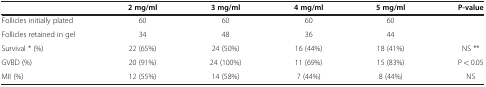
<table><thead><tr><td><b> </b></td><td><b>2 mg/ml</b></td><td><b>3 mg/ml</b></td><td><b>4 mg/ml</b></td><td><b>5 mg/ml</b></td><td><b>P-value</b></td></tr></thead><tbody><tr><td>Follicles initially plated</td><td>60</td><td>60</td><td>60</td><td>60</td><td> </td></tr><tr><td>Follicles retained in gel</td><td>34</td><td>48</td><td>36</td><td>44</td><td> </td></tr><tr><td>Survival * (%)</td><td>22 (65%)</td><td>24 (50%)</td><td>16 (44%)</td><td>18 (41%)</td><td>NS **</td></tr><tr><td>GVBD (%)</td><td>20 (91%)</td><td>24 (100%)</td><td>11 (69%)</td><td>15 (83%)</td><td>P &lt; 0.05</td></tr><tr><td>MII (%)</td><td>12 (55%)</td><td>14 (58%)</td><td>7 (44%)</td><td>8 (44%)</td><td>NS</td></tr></tbody></table>